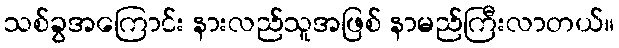
သစ်ခွအကြောင်း နားလည်သူအဖြစ် နာမည်ကြီးလာတယ်။